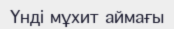
Үнді мұхит аймағы